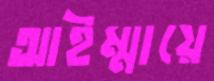
আইম্মায়ে